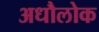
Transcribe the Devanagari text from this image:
अधौलोक